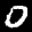
Label: 0